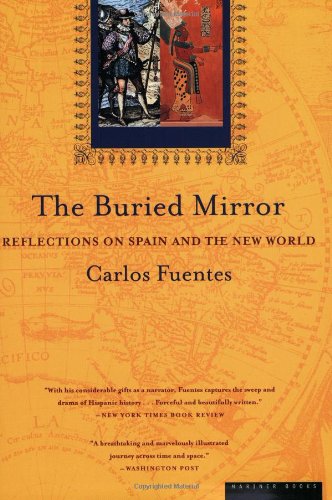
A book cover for The Buried Mirror: Reflections on Spain and the New World; Carlos Fuentes; Literature & Fiction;